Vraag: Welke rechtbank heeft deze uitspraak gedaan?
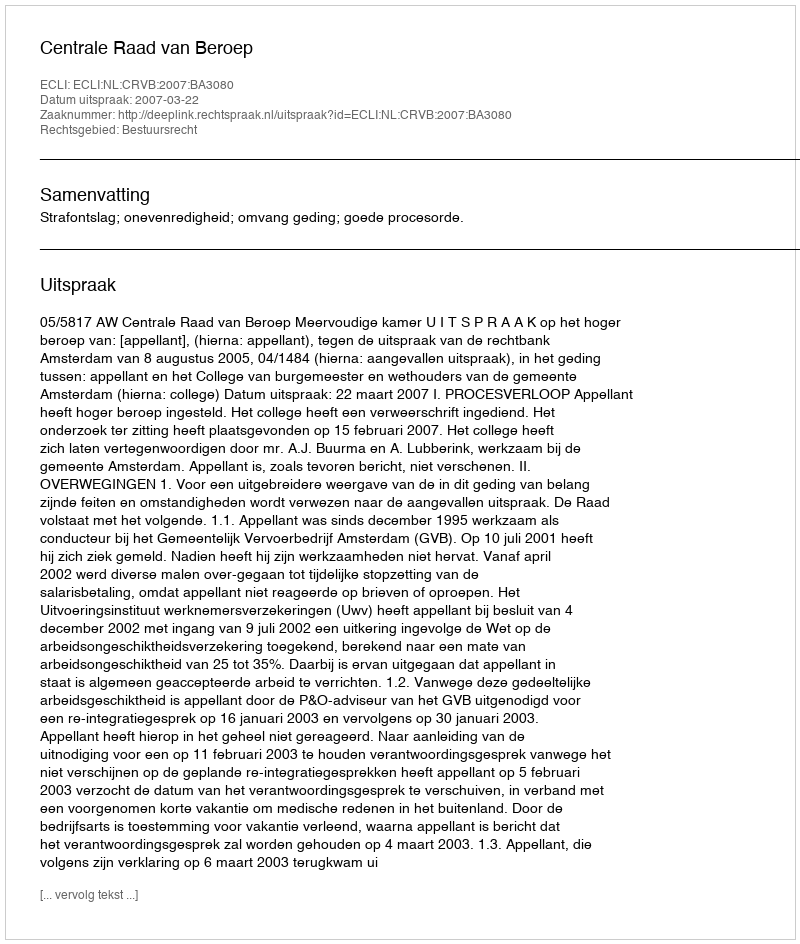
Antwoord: Centrale Raad van Beroep